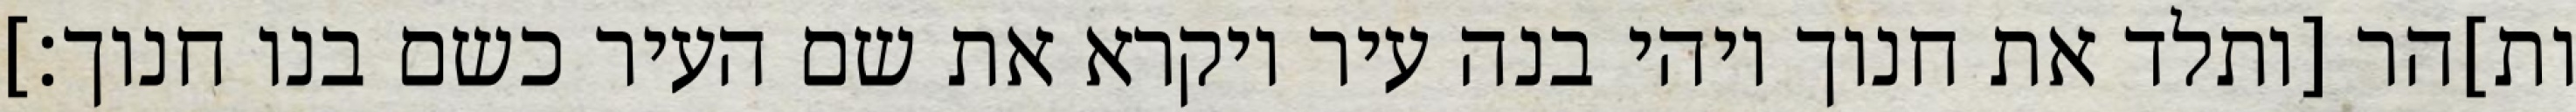
ות]הר [ותלד את חנוך ויהי בנה עיר ויקרא את שם העיר כשם בנו חנוך׃]